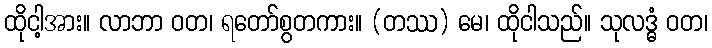
ထိုငါ့အား။ လာဘာ ဝတ၊ ရတော်စွတကား။ (တဿ) မေ၊ ထိုငါသည်။ သုလဒ္ဓံ ဝတ၊